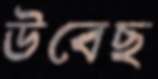
উবেছ